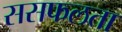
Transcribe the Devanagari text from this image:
ससफलता